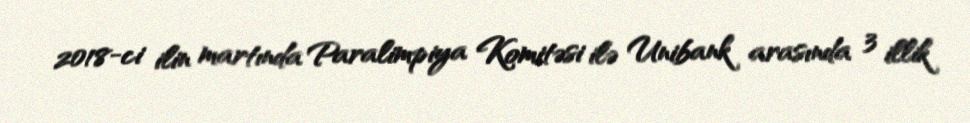
2018-ci ilin martında Paralimpiya Komitəsi ilə Unibank arasında 3 illik